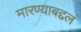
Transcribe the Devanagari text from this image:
मारण्याबद्दल